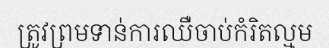
ត្រូវព្រមទាន់ការឈឺចាប់កំរិតល្មម